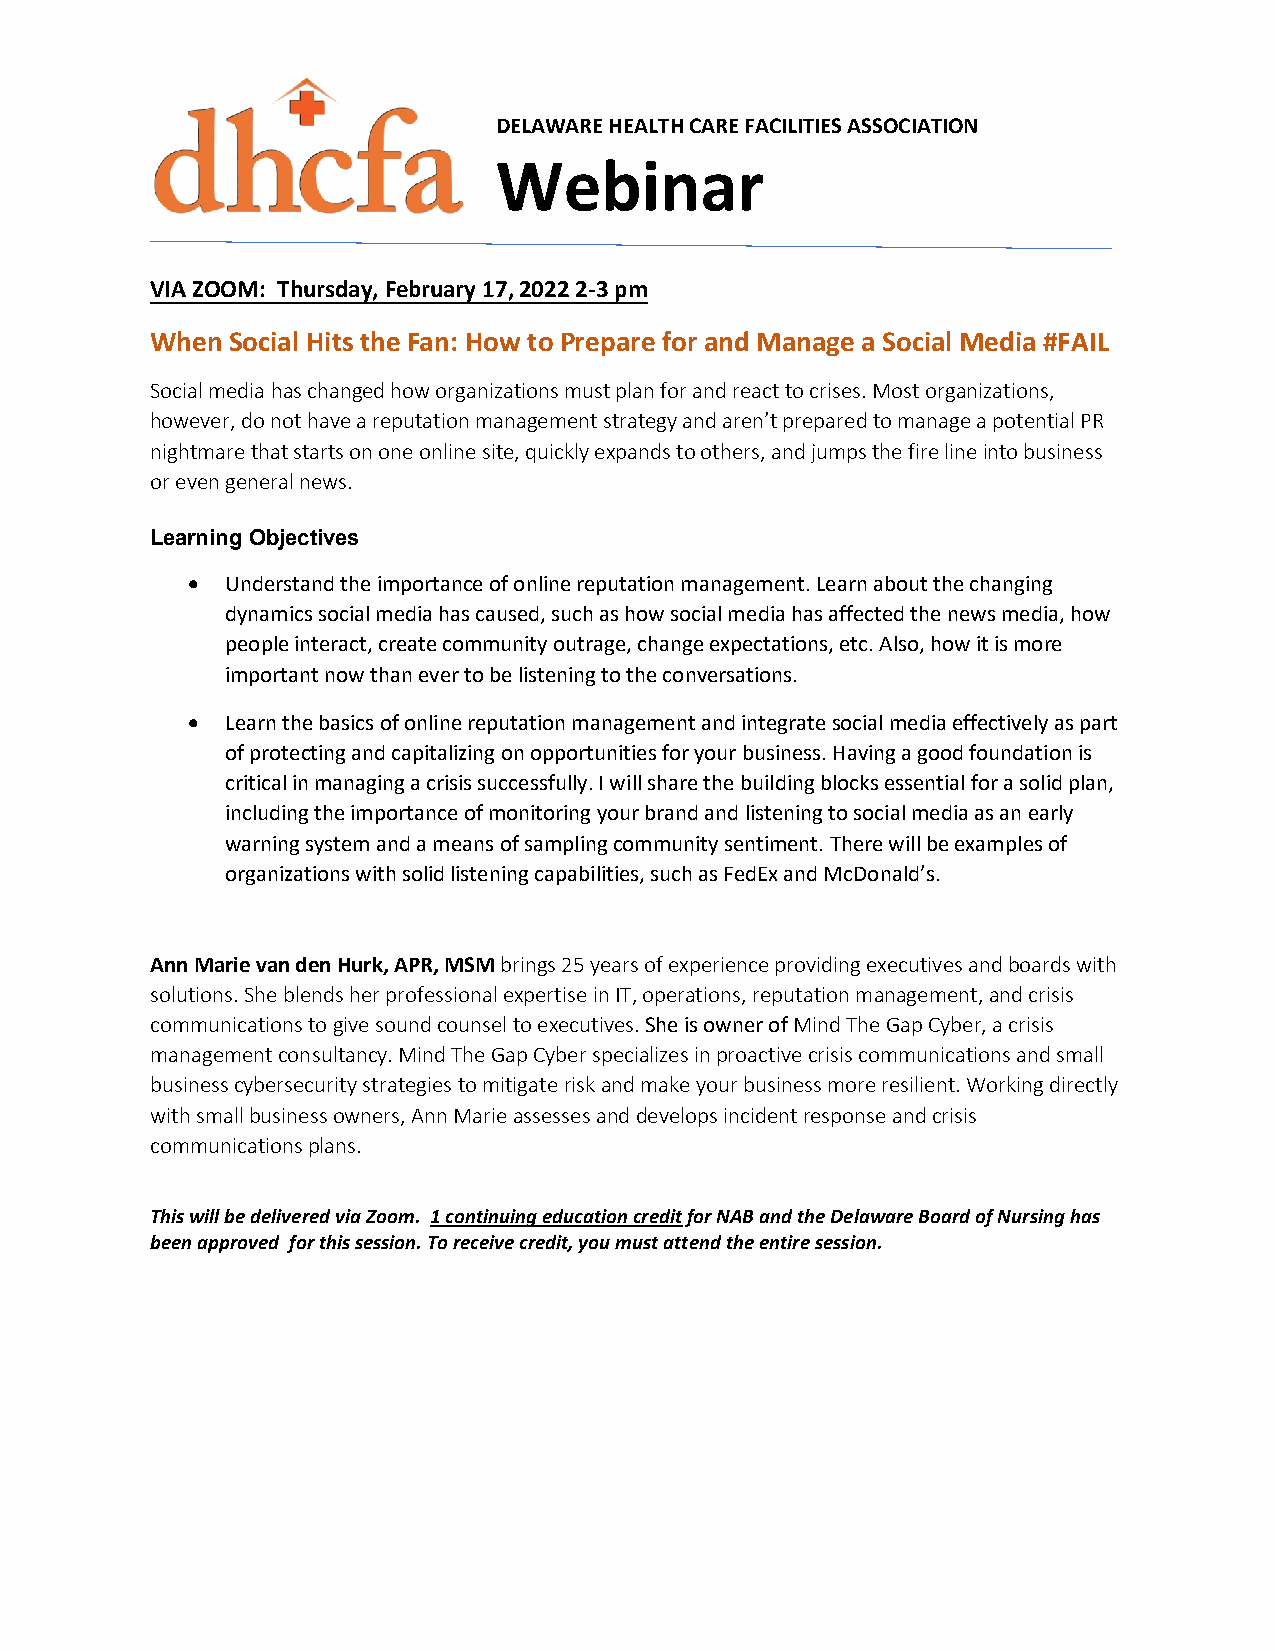
DELAWARE HEALTH CARE FACILITIES ASSOCIATION
 Webinar
 VIA ZOOM: Thursday, February 17, 2022 2-3 pm
 When Social Hits the Fan: How to Prepare for and Manage a Social Media #FAIL
 Social media has changed how organizations must plan for and react to crises. Most organizations,
 however, do not have a reputation management strategy and aren’t prepared to manage a potential PR
 nightmare that starts on one online site, quickly expands to others, and jumps the fire line into business
 or even general news.
 Learning Objectives
 •  Understand the importance of online reputation management. Learn about the changing
 dynamics social media has caused, such as how social media has affected the news media, how
 people interact, create community outrage, change expectations, etc. Also, how it is more
 important now than ever to be listening to the conversations.
 •  Learn the basics of online reputation management and integrate social media effectively as part
 of protecting and capitalizing on opportunities for your business. Having a good foundation is
 critical in managing a crisis successfully. I will share the building blocks essential for a solid plan,
 including the importance of monitoring your brand and listening to social media as an early
 warning system and a means of sampling community sentiment. There will be examples of
 organizations with solid listening capabilities, such as FedEx and McDonald’s.
 Ann Marie van den Hurk, APR, MSM brings 25 years of experience providing executives and boards with
 solutions. She blends her professional expertise in IT, operations, reputation management, and crisis
 communications to give sound counsel to executives. She is owner of Mind The Gap Cyber, a crisis
 management consultancy. Mind The Gap Cyber specializes in proactive crisis communications and small
 business cybersecurity strategies to mitigate risk and make your business more resilient. Working directly
 with small business owners, Ann Marie assesses and develops incident response and crisis
 communications plans.
 This will be delivered via Zoom. 1 continuing education credit for NAB and the Delaware Board of Nursing has
 been approved for this session. To receive credit, you must attend the entire session.